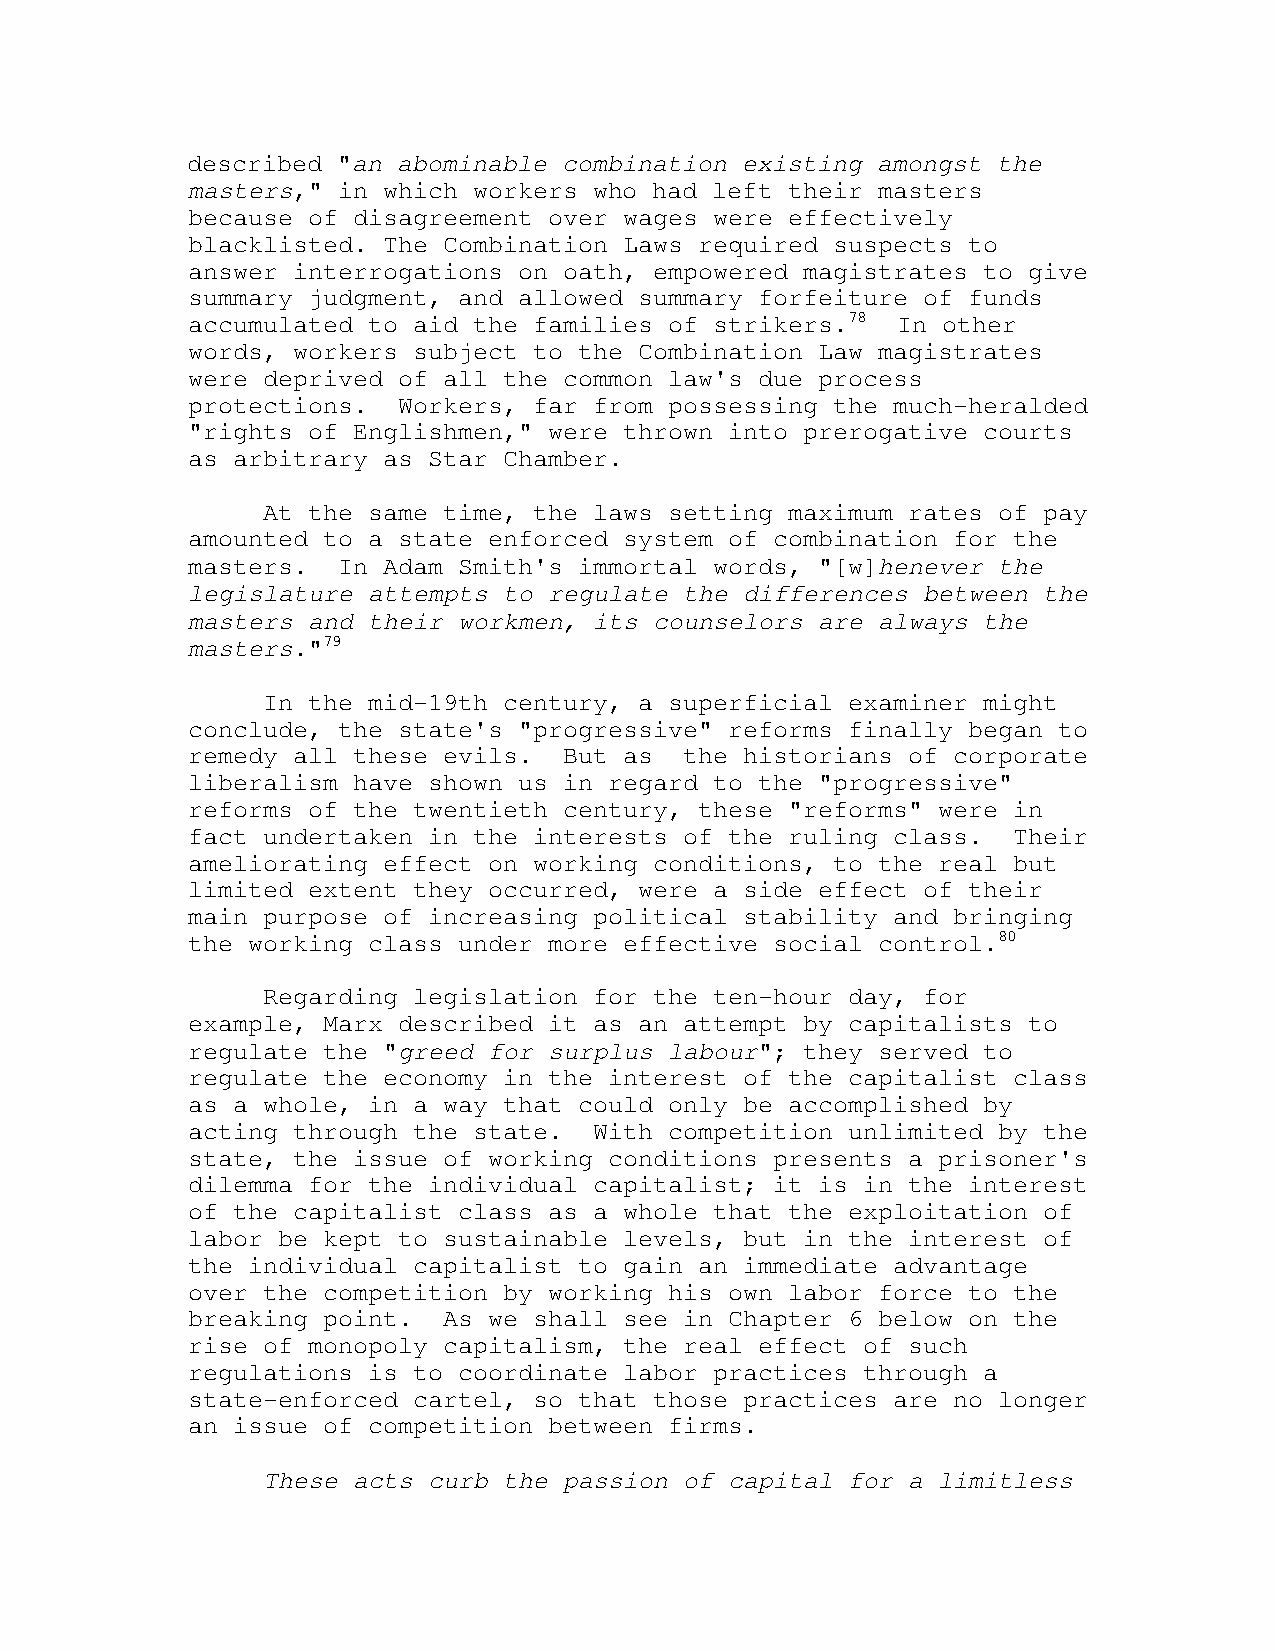
described "an abominable combination existing amongst the
 masters," in which workers who had left their masters
 because of disagreement over wages were effectively
 blacklisted. The Combination Laws required suspects to
 answer interrogations on oath, empowered magistrates to give
 summary judgment, and allowed summary forfeiture of funds
 accumulated to aid the families of strikers.78 In other
 words, workers subject to the Combination Law magistrates
 were deprived of all the common law's due process
 protections.  Workers, far from possessing the much-heralded
 "rights of Englishmen," were thrown into prerogative courts
 as arbitrary as Star Chamber.
 At the same time, the laws setting maximum rates of pay
 amounted to a state enforced system of combination for the
 masters.  In Adam Smith's immortal words, "[w]henever the
 legislature attempts to regulate the differences between the
 masters and their workmen, its counselors are always the
 masters."79
 In the mid-19th century, a superficial examiner might
 conclude, the state's "progressive" reforms finally began to
 remedy all these evils.  But as  the historians of corporate
 liberalism have shown us in regard to the "progressive"
 reforms of the twentieth century, these "reforms" were in
 fact undertaken in the interests of the ruling class.  Their
 ameliorating effect on working conditions, to the real but
 limited extent they occurred, were a side effect of their
 main purpose of increasing political stability and bringing
 the working class under more effective social control.80
 Regarding legislation for the ten-hour day, for
 example, Marx described it as an attempt by capitalists to
 regulate the "greed for surplus labour"; they served to
 regulate the economy in the interest of the capitalist class
 as a whole, in a way that could only be accomplished by
 acting through the state.  With competition unlimited by the
 state, the issue of working conditions presents a prisoner's
 dilemma for the individual capitalist; it is in the interest
 of the capitalist class as a whole that the exploitation of
 labor be kept to sustainable levels, but in the interest of
 the individual capitalist to gain an immediate advantage
 over the competition by working his own labor force to the
 breaking point.  As we shall see in Chapter 6 below on the
 rise of monopoly capitalism, the real effect of such
 regulations is to coordinate labor practices through a
 state-enforced cartel, so that those practices are no longer
 an issue of competition between firms.
 These acts curb the passion of capital for a limitless